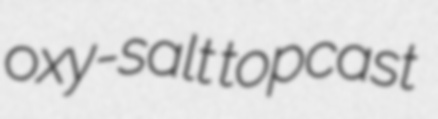
oxy-salt topcast